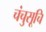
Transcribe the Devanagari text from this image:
चंचुसूचि